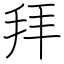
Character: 拜